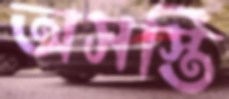
অসস্তি